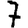
Digit: 7